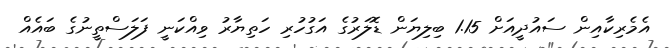
އެމެރިކާއިން ސައުދީއަށް 1.15 ބިލިޔަން ޑޮލަރުގެ އަގުހުރި ހަތިޔާރު ވިއްކަނީ ފަލަސްތީނުގެ ބައެއް